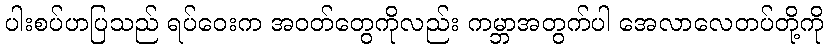
ပါးစပ်ဟပြသည် ရပ်ဝေးက အဝတ်တွေကိုလည်း ကမ္ဘာအတွက်ပါ အေလာလေတပ်တို့ကို